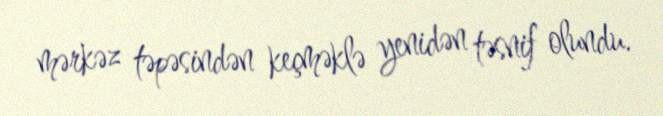
mərkəz təpəsindən keçməklə yenidən təsnif olundu.